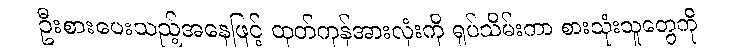
ဦးစားပေးသည့်အနေဖြင့် ထုတ်ကုန်အားလုံးကို ရုပ်သိမ်းကာ စားသုံးသူတွေကို